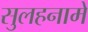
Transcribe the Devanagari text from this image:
सुलहनामें